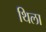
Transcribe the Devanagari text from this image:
थिला